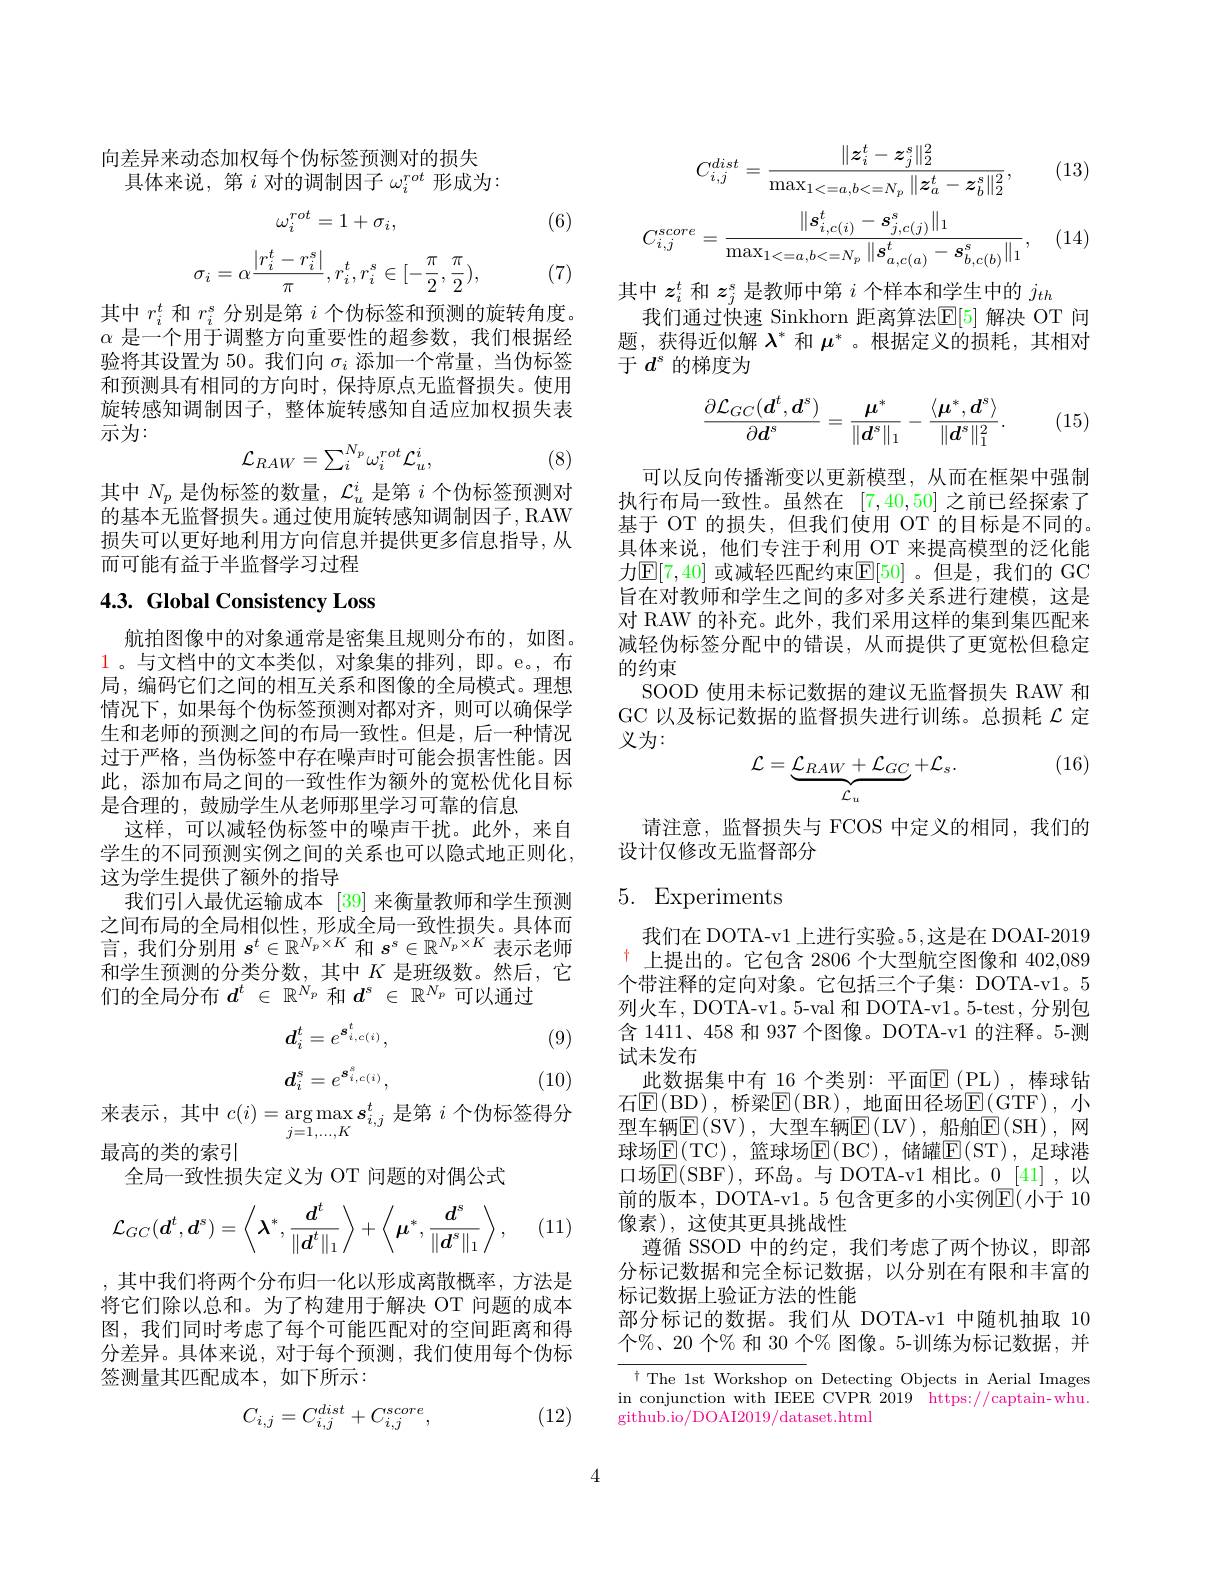
向差异来动态加权每个伪标签预测对的损失
具体来说，第$i$对的调制因子$\omega_i^rot$形成为：

(6)
$$\omega_i^{rot}=1+\sigma_i,$$
$$\sigma_i=\alpha\frac{|r_i^t-r_i^s|}{\pi},r_i^t,r_i^s\in[-\frac{\pi}{2},\frac{\pi}{2}),$$
(7)

其中$r_i^t$和$r_i^\mathrm{s}$分别是第$i$个伪标签和预测的旋转角度。$\alpha$是一个用于调整方向重要性的超参数，我们根据经验将其设置为 50。我们向$\sigma_i$添加一个常量，当伪标签和预测具有相同的方向时，保持原点无监督损失。使用旋转感知调制因子，整体旋转感知自适应加权损失表示为：
$$\mathcal{L}_{RAW}=\sum_{i}^{N_{p}}\omega_{i}^{rot}\mathcal{L}_{u}^{i},$$
(8)

其中$N_p$是伪标签的数量，$\mathcal{L}_u^i$是第$i$个伪标签预测对$\dot{\text{的基本无监督损失。通过使用旋转感知调制因子，RAW}}$ 损失可以更好地利用方向信息并提供更多信息指导，从而可能有益于半监督学习过程

# 4.3. Global Consistency Loss

航拍图像中的对象通常是密集且规则分布的，如图。$\color{red}1$。与文档中的文本类似，对象集的排列，即。e。,布局，编码它们之间的相互关系和图像的全局模式。理想情况下，如果每个伪标签预测对都对齐，则可以确保学生和老师的预测之间的布局一致性。但是，后一种情况过于严格，当伪标签中存在噪声时可能会损害性能。因此，添加布局之间的一致性作为额外的宽松优化目标是合理的，鼓励学生从老师那里学习可靠的信息
这样，可以减轻伪标签中的噪声干扰。此外，来自学生的不同预测实例之间的关系也可以隐式地正则化， 这为学生提供了额外的指导
我们引人最优运输成本[39]来衡量教师和学生预测之间布局的全局相似性，形成全局一致性损失。具体而言，我们分别用$s^t\in\mathbb{R}^{N_p\times K}$和$s^s\in\mathbb{R}^{N_p\times K}$表示老师和学生预测的分类分数，其中$K$是班级数。然后，它们的全局分布$d^t\in\mathbb{R}^{N_p}$和$d^s\in\mathbb{R}^{N_p}$可以通过
$$d_i^t=e^{s_{i,c(i)}^t},$$
(9)
$$d_i^s=e^{s_{i,c(i)}^s},$$
(10)

来表示，其中$c(i)=\arg\max\boldsymbol{s}_{j=1,\ldots,K}^t$是第$i$个伪标签得分
最高的类的索引
全局一致性损失定义为 OT 问题的对偶公式
$$\mathcal{L}_{GC}(\boldsymbol{d}^t,\boldsymbol{d}^s)=\left\langle\boldsymbol{\lambda}^*,\frac{\boldsymbol{d}^t}{\|\boldsymbol{d}^t\|_1}\right\rangle+\left\langle\boldsymbol{\mu}^*,\frac{\boldsymbol{d}^s}{\|\boldsymbol{d}^s\|_1}\right\rangle,$$
(11)

,其中我们将两个分布归一化以形成离散概率，方法是将它们除以总和。为了构建用于解决 OT 问题的成本图，我们同时考虑了每个可能匹配对的空间距离和得分差异。具体来说，对于每个预测，我们使用每个伪标签测量其匹配成本，如下所示：
$$C_{i,j}=C_{i,j}^{dist}+C_{i,j}^{score},$$
(12)

(13)
$$C_{i,j}^{dist}=\frac{\|z_i^t-z_j^s\|_2^2}{\max_{1<=a,b<=N_p}\|z_a^t-z_b^s\|_2^2},$$
$$C_{i,j}^{score}=\frac{\|s_{i,c(i)}^t-s_{j,c(j)}^s\|_1}{\max_{1<=a,b<=N_p}\|s_{a,c(a)}^t-s_{b,c(b)}^s\|_1},$$
(14)

其中$z_i^t$和$z_j^s$是教师中第$i$个样本和学生中的$j_th$
我们通过快速 Sinkhorn 距离算法$\mathbb{E}[5]$ 解决 OT 问题，获得近似解$\lambda^*$和$\mu^*$ 。根据定义的损耗，其相对于$d^s$的梯度为
$$\frac{\partial\mathcal{L}_{GC}(\boldsymbol{d}^t,\boldsymbol{d}^s)}{\partial\boldsymbol{d}^s}=\frac{\boldsymbol{\mu}^*}{\|\boldsymbol{d}^s\|_1}-\frac{\langle\boldsymbol{\mu}^*,\boldsymbol{d}^s\rangle}{\|\boldsymbol{d}^s\|_1^2}.$$
(15)

可以反向传播渐变以更新模型，从而在框架中强制执行布局一致性。虽然在[7,40,50]之前已经探索了基于 OT 的损失，但我们使用 OT 的目标是不同的。具体来说，他们专注于利用 OT 来提高模型的泛化能力$\mathbb{E}[7,40]$ 或减轻匹配约束$\mathbb{E}[50]$ 。但是，我们的 GC 旨在对教师和学生之间的多对多关系进行建模，这是对 RAW 的补充。此外，我们采用这样的集到集匹配来减轻伪标签分配中的错误，从而提供了更宽松但稳定的约束
SOOD 使用未标记数据的建议无监督损失 RAW 和GC 以及标记数据的监督损失进行训练。总损耗$\mathcal{L}$定义为：
$$\mathcal{L}=\underbrace{\mathcal{L}_{RAW}+\mathcal{L}_{GC}}_{\mathcal{L}_{u}}+\mathcal{L}_{s}.$$
(16)

请注意，监督损失与 FCOS 中定义的相同，我们的
设计仅修改无监督部分

## 5. Experiments

我们在 DOTA-v1 上进行实验。5,这是在 DOAI-2019 $^{+}$上提出的。它包含 2806 个大型航空图像和 402.089个带注释的定向对象。它包括三个子集：DOTA-v1。5列火车，DOTA-v1。5-val 和 DOTA-v1。5-test, 分别包含 1411、458 和 937 个图像。DOTA-v1 的注释。5-测试未发布
此数据集中有 16 个类别：平面$\operatorname{E}(\operatorname{PL})$,棒球钻石$\operatorname{E}($BD),桥梁$\operatorname{E}($BR),地面田径场$\operatorname{E}($GTF),小型车辆$\operatorname{E}($SV),大型车辆$\operatorname{E}($LV),船舶$\operatorname{E}($SH),网球场$\operatorname{E}($TC),篮球场$\operatorname{E}($BC),储罐$\operatorname{E}($ST),足球港口场E( SBF) , 环岛。与 DOTA-v1 相比。0 [41] ,以前的版本，DOTA-v1。5 包含更多的小实例$\mathbb{E}($小于 10像素),这使其更具挑战性
遵循 SSOD 中的约定，我们考虑了两个协议，即部分标记数据和完全标记数据，以分别在有限和丰富的标记数据上验证方法的性能
部分标记的数据。我们从 DOTA-v1 中随机抽取 10个%、20 个% 和 30 个% 图像。5-训练为标记数据，并

t The 1st Workshop on Detecting Objects in Aerial Images in conjunction with IEEE CVPR 2019 https://captain-whu. github.io/DOAI2019/dataset.html